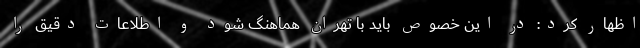
اظهار کرد: در این خصوص باید با تهران هماهنگ شود و اطلاعات دقیق را